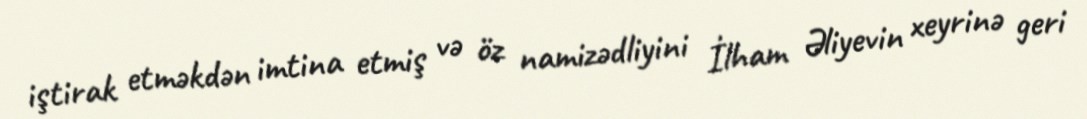
iştirak etməkdən imtina etmiş və öz namizədliyini İlham Əliyevin xeyrinə geri